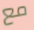
مع